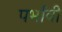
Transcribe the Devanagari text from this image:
पर्भावी